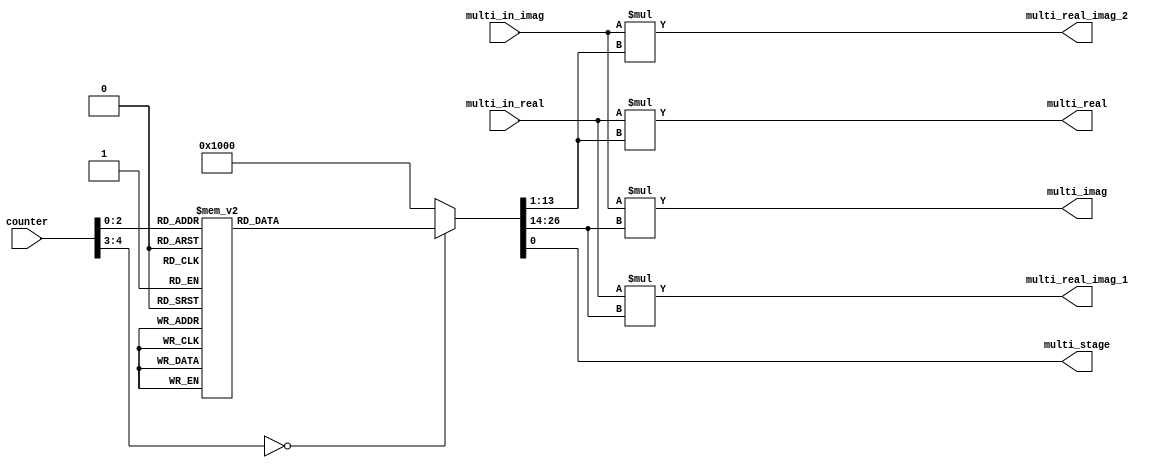
`timescale 1ns / 1ps
//////////////////////////////////////////////////////////////////////////////////
// Company: 
// Engineer: 
// 
// Design Name: 
// Module Name: s4_fsm_multiplier
// Project Name: 
// Target Devices: 
// Tool Versions: 
// Description: 
// 
// Dependencies: 
// 
// Revision:
// Revision 0.01 - File Created
// Additional Comments:
// 
//////////////////////////////////////////////////////////////////////////////////


module s4_fsm_multiplier(
                            counter,
                            multi_in_real,
                            multi_in_imag,
                            multi_real,
                            multi_imag,
                            multi_real_imag_1,
                            multi_real_imag_2,
                            multi_stage
                          );
    input signed [4:0] counter;
    input signed [14:0] multi_in_real; // s0.14
    input signed [14:0] multi_in_imag;
    output signed [27:0] multi_real;
    output signed [27:0] multi_imag;
    output signed [27:0] multi_real_imag_1;
    output signed [27:0] multi_real_imag_2;
    output multi_stage;
    
    reg multi_stage;    
    reg signed [27:0] multi_real;
    reg signed [27:0] multi_imag;
    reg signed [27:0] multi_real_imag_1;
    reg signed [27:0] multi_real_imag_2;
    reg signed [12:0] twiddle_real;    // s1.11
    reg signed [12:0] twiddle_imag;
    reg out_mode;
    
    always@(*) begin
        // mode: 1 or 0
        // 1: Multiplication, 0: bypass operation
        case(counter)
            5'd0:begin
                out_mode = 1;
                twiddle_real =  13'd2048;
                twiddle_imag =  13'd0;
            end
            5'd1:begin
                out_mode = 1;
                twiddle_real =  13'd0;
                twiddle_imag = -13'd2048;
            end
            5'd2:begin
                out_mode = 0;
                twiddle_real =  13'd2048;
                twiddle_imag =  13'd0;
            end
            5'd3:begin
                out_mode = 0;
                twiddle_real =  13'd2048;
                twiddle_imag =  13'd0;
            end
            5'd4:begin
                out_mode = 1;
                twiddle_real =  13'd2048;
                twiddle_imag =  13'd0;
            end
            5'd5:begin
                out_mode = 1;
                twiddle_real =  13'd0;
                twiddle_imag = -13'd2048;
            end
            5'd6:begin
                out_mode = 0;
                twiddle_real =  13'd2048;
                twiddle_imag =  13'd0;
            end
            5'd7:begin
                out_mode = 0;
                twiddle_real =  13'd2048;
                twiddle_imag =  13'd0;
            end
            default:begin
                out_mode = 0;
                twiddle_real =  13'd2048;
                twiddle_imag =  13'd0;
            end
        endcase
    end
    
    always@(*)begin
        multi_stage <= out_mode;
        multi_real <= multi_in_real * twiddle_real;
        multi_imag <= multi_in_imag * twiddle_imag;
        multi_real_imag_1 <= multi_in_real * twiddle_imag;
        multi_real_imag_2 <= multi_in_imag * twiddle_real;
    end
    
endmodule